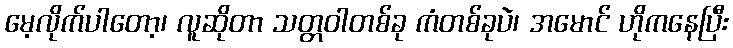
မေ့လိုက်ပါတော့၊ လူဆိုတာ သတ္တဝါတစ်ခု ကံတစ်ခုပဲ၊ အမောင် ဟိုကနေပြီး